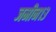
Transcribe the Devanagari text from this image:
जमीन१३